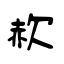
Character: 赥